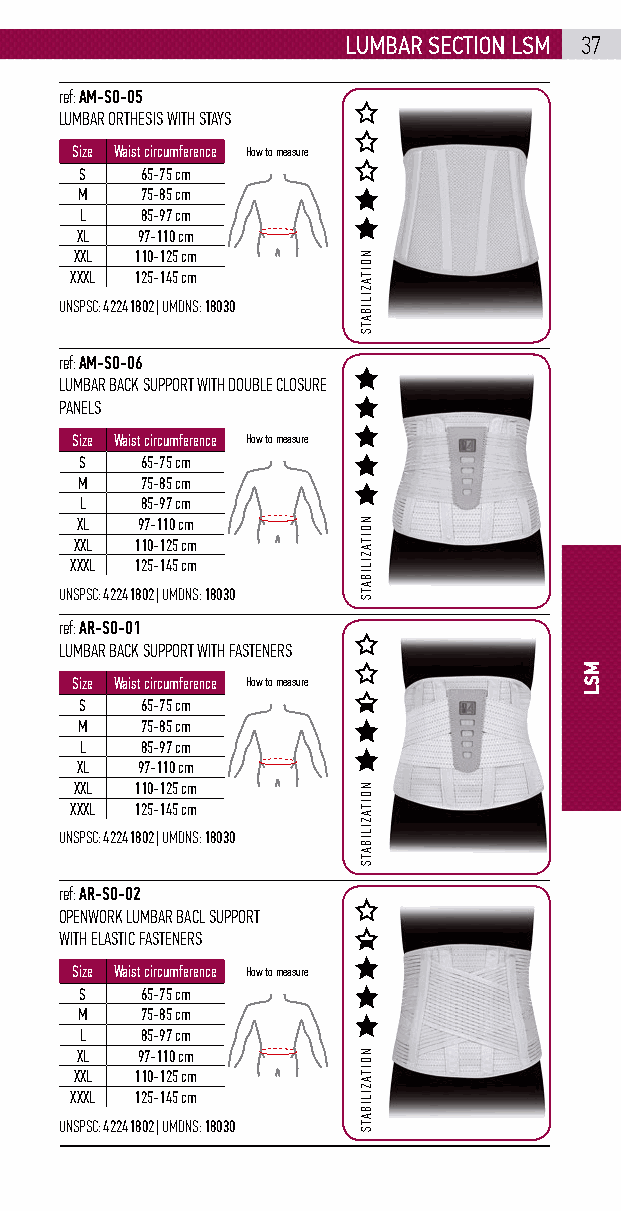
lumbar sEction lsm 37
 ref: AM-SO-05
 LUMBAR ORTHESIS WITH STAYS
 Size Waist circumference How to measure
 S   65-75 cm
 M   75-85 cm
 L   85-97 cm
 XL  97-110 cm
 XXL 110-125 cm
 XXXL 125-145 cm
 UNSPSC: 42241802 | UMDNS: 18030
 ref: AM-SO-06
 LUMBAR BACK SUPPORT WITH DOUBLE CLOSURE
 PANELS
 Size Waist circumference How to measure
 S   65-75 cm
 M   75-85 cm
 L   85-97 cm
 XL  97-110 cm
 XXL 110-125 cm
 XXXL 125-145 cm
 UNSPSC: 42241802 | UMDNS: 18030
 ref: AR-SO-01
 LUMBAR BACK SUPPORT WITH FASTENERS
 Size Waist circumference How to measure
 S   65-75 cm
 M   75-85 cm
 L   85-97 cm
 XL  97-110 cm
 XXL 110-125 cm
 XXXL 125-145 cm
 UNSPSC: 42241802 | UMDNS: 18030
 ref: AR-SO-02
 OPENWORK LUMBAR BACL SUPPORT
 WITH ELASTIC FASTENERS
 Size Waist circumference How to measure
 S   65-75 cm
 M   75-85 cm
 L   85-97 cm
 XL  97-110 cm
 XXL 110-125 cm
 XXXL 125-145 cm
 UNSPSC: 42241802 | UMDNS: 18030
 NOITAZILIBATS
 NOITAZILIBATS
 NOITAZILIBATS
 NOITAZILIBATS
 MSL